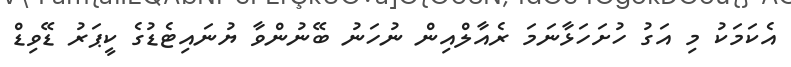
އެކަމަކު މި އަގު ހުށަހަޅާނަމަ ރެއާލްއިން ނުހަނު ބޭނުންވާ ޔުނައިޓެޑުގެ ކީޕަރު ޑޭވިޑް